画像に写った文字を読んでください
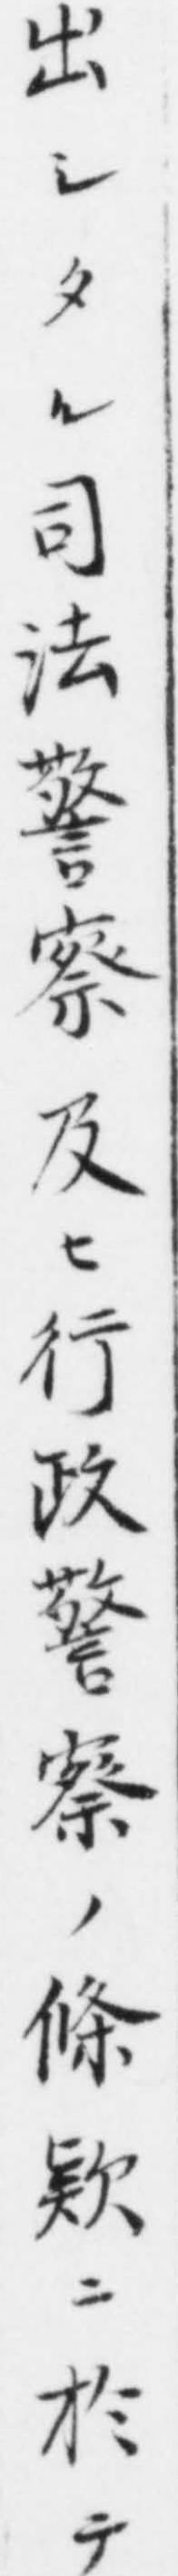
「出シタル司法警察及ヒ行政警察ノ條欵ニ於テ」と書いてあります